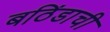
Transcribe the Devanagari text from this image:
बठिंडाची